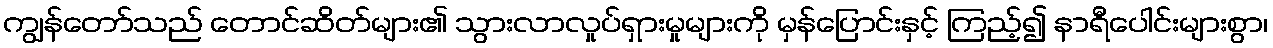
ကျွန်တော်သည် တောင်ဆိတ်များ၏ သွားလာလှုပ်ရှားမှုများကို မှန်ပြောင်းနှင့် ကြည့်၍ နာရီပေါင်းများစွာ၊